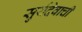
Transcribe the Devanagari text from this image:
सुर्यदेवाची